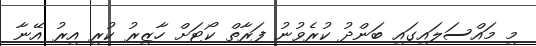
މި މައްސަލައިގައި ބަންދު ކުރެވުނު ފަރާތް ކޯޓަށް ހާޒިރު ކުރި އިރު އޭނާ